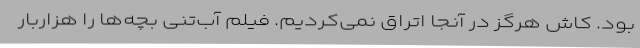
بود. کاش هرگز در آنجا اتراق نمی‌کردیم. فیلم آب‌تنی بچه‌ها را هزاربار